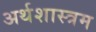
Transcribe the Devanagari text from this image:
अर्थशास्त्रम